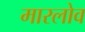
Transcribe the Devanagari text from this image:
मारलोव